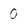
Character: 0